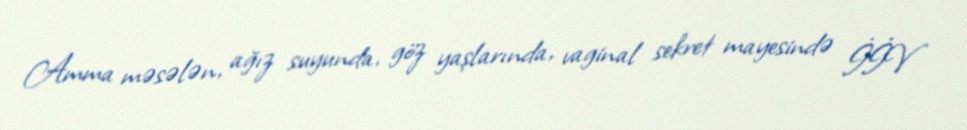
Amma məsələn, ağız suyunda, göz yaşlarında, vaginal sekret mayesində İİV